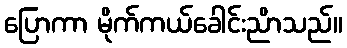
ပြောကာ မိုက်ကယ်ခေါင်းညိာသည်။